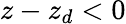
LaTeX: z-z_{d}<0